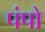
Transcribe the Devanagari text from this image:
पंपो